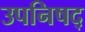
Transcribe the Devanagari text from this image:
उपनिषद्